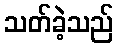
သတ်ခဲ့သည်